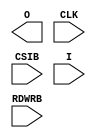
///////////////////////////////////////////////////////
//  Copyright (c) 1995/2015 Xilinx, Inc.
//  All Right Reserved.
///////////////////////////////////////////////////////
//
//   ____   ___
//  /   /\/   / 
// /___/  \  /     Vendor      : Xilinx 
// \  \    \/      Version     : 2015.4
//  \  \           Description : Xilinx Formal Library Component
//  /  /                      
// /__/   /\       Filename    : ICAPE2.v
// \  \  /  \ 
//  \__\/\__ \                    
//                                 
///////////////////////////////////////////////////////
//  Revision:    
//  04/30/10 - Initial version.
///////////////////////////////////////////////////////

`timescale 1 ps / 1 ps 

`celldefine

module ICAPE2 (
  O,
  CLK,
  CSIB,
  I,
  RDWRB
);
  parameter [31:0] DEVICE_ID = 32'h04244093;

  parameter ICAP_WIDTH = "X32";
  parameter SIM_CFG_FILE_NAME = "NONE";

`ifdef XIL_TIMING

  parameter LOC = "UNPLACED";

`endif

  output [31:0] O;

  input CLK;
  input CSIB;
  input RDWRB;
  input [31:0] I;

 endmodule

`endcelldefine